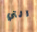
التي